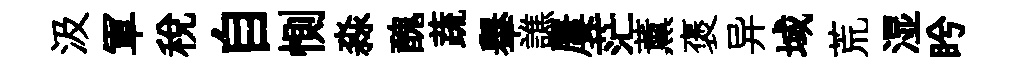
汲軍稅自惻淼醜蔬𦦙譙屢茫薰褒异域荒湿盻